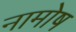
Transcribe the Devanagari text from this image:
नामोष